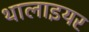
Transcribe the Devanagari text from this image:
थालाइयर